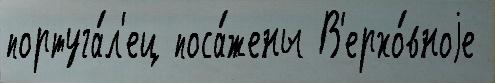
португа́л'ец поса́жены В'ерхо́вноjе